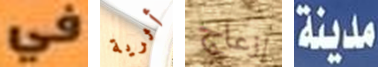
في أثرية إزعاج مدينة